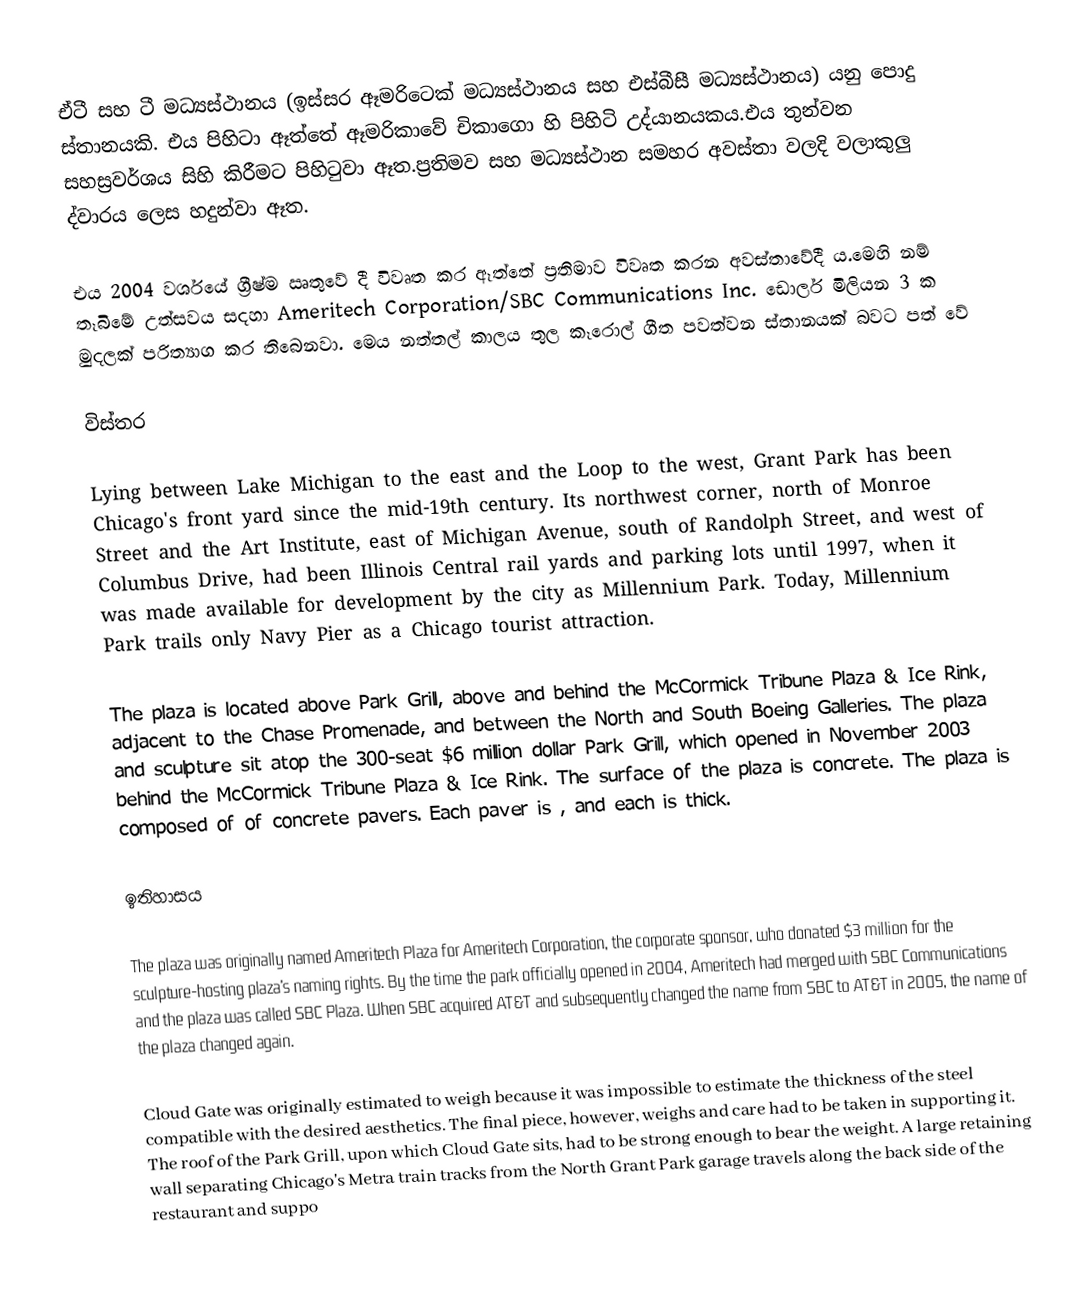
ඒටී සහ ටී මධ්‍යස්ථානය (ඉස්සර ඈමරිටෙක් මධ්‍යස්ථානය සහ එස්බීසී  මධ්‍යස්ථානය) යනු පොදු ස්තානයකි. එය පිහිටා ඈත්තේ ඈමරිකාවේ චිකාගො හි පිහිටි උද්යානයකය.එය තුන්වන සහස්‍රවර්ශය සිහි කිරීමට පිහිටුවා ඈත.ප්‍රතිමව සහ මධ්‍යස්ථාන සමහර අවස්තා වලදි වලාකුලු ද්වාරය ලෙස හදුන්වා ඈත.

එය 2004 වර්ශයේ ග්‍රීෂ්ම ඍතුවේ දී විවෘත කර ඈත්තේ ප්‍රතිමාව විවෘත කරන අවස්තාවේදී ය.මෙහි නම් තෑබිමේ උත්සවය සදහා Ameritech Corporation/SBC Communications Inc. ඩොලර් මිලියන 3 ක මුදලක් පරිත්‍යාග කර තිබෙනවා.  මෙය නත්තල් කාලය තුල කෑරොල් ගීත පවත්වන ස්තානයක් බවට පත් වේ

විස්තර

Lying between Lake Michigan to the east and the Loop to the west, Grant Park has been Chicago's front yard since the mid-19th century. Its northwest corner, north of Monroe Street and the Art Institute, east of Michigan Avenue, south of Randolph Street, and west of Columbus Drive, had been Illinois Central rail yards and parking lots until 1997, when it was made available for development by the city as Millennium Park.  Today, Millennium Park trails only Navy Pier as a Chicago tourist attraction.

The plaza is located above Park Grill, above and behind the McCormick Tribune Plaza & Ice Rink, adjacent to the Chase Promenade, and between the North and South Boeing Galleries.  The plaza and sculpture sit atop the 300-seat $6 million dollar Park Grill, which opened in November 2003 behind the McCormick Tribune Plaza & Ice Rink. The surface of the plaza is concrete.  The plaza is composed of  of concrete pavers. Each paver is , and each is  thick.

ඉතිහාසය

The plaza was originally named Ameritech Plaza for Ameritech Corporation, the corporate sponsor, who donated $3 million for the sculpture-hosting plaza's naming rights. By the time the park officially opened in 2004, Ameritech had merged with SBC Communications and the plaza was called SBC Plaza. When SBC acquired AT&T and subsequently changed the name from SBC to AT&T in 2005, the name of the plaza changed again.

Cloud Gate was originally estimated to weigh  because it was impossible to estimate the thickness of the steel compatible with the desired aesthetics. The final piece, however, weighs  and care had to be taken in supporting it.   The roof of the Park Grill, upon which Cloud Gate sits, had to be strong enough to bear the weight. A large retaining wall separating Chicago's Metra train tracks from the North Grant Park garage travels along the back side of the restaurant and suppo